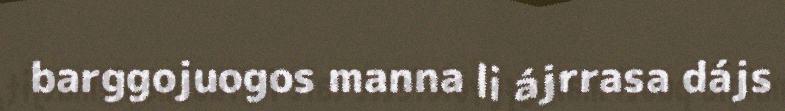
barggojuogos manna li ájrrasa dájs